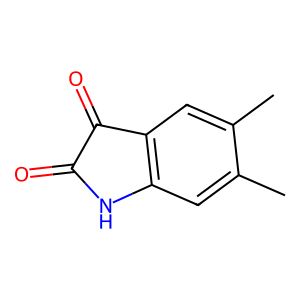
SMILES: Cc1cc2c(cc1C)C(=O)C(=O)N2
Inhibits HIV replication: No